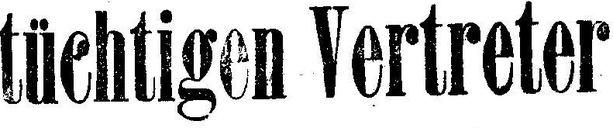
tüchtigen Vertreter